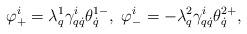
LaTeX: \begin{align*}\varphi^i_+=\lambda^1_q\gamma^i_{q\dot q}\theta^{1-}_{\dot q},\ \varphi^i_-=-\lambda^2_q\gamma^i_{q\dot q}\theta^{2+}_{\dot q},\end{align*}